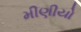
મીણીયો